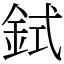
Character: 鉽